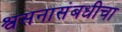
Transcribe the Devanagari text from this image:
श्वसनासंबधीचा